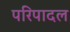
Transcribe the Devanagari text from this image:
परिपादल